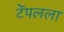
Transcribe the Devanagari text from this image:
टेंपलला